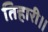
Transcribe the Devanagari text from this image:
तिहारी।।